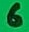
Text: 6